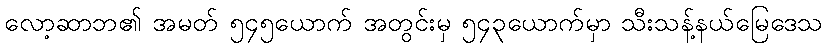
လော့ဆာဘ၏ အမတ် ၅၄၅ယောက် အတွင်းမှ ၅၄၃ယောက်မှာ သီးသန့်နယ်မြေဒေသ